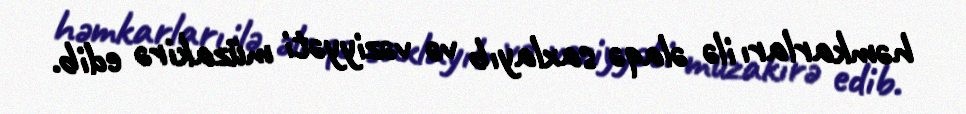
həmkarları ilə əlaqə saxlayıb və vəziyyəti müzakirə edib.